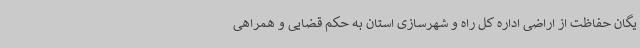
یگان حفاظت از اراضی اداره کل راه و شهرسازی استان به حکم قضایی و همراهی